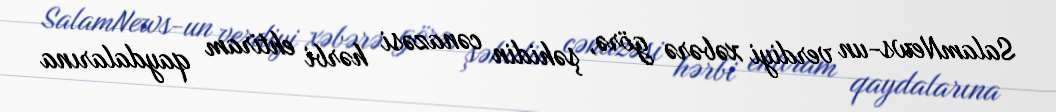
SalamNews-un verdiyi xəbərə görə, şəhidin cənazəsi hərbi ehtiram qaydalarına